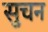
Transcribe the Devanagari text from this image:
सुचन